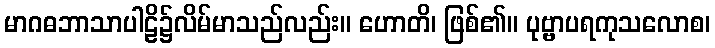
မာဂဓဘာသာပါဠိ၌လိမ်မာသည်လည်း။ ဟောတိ၊ ဖြစ်၏။ ပုဗ္ဗာပရကုသလောစ၊